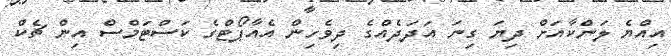
އިއްޔެ ލަންކާއަށް ދިޔަ ގިނަ އަދަދެއްގެ ދިވެހިން އެއާޕޯޓްގެ ކަސްޓަމްސް އިން ޗެކް